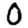
Digit: 0